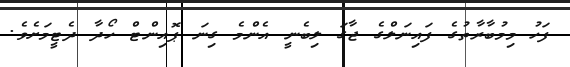
ފަހު މިމުބާރާތުގެ ފައިނަލްގެ ޖާގަ ލިބެނީ އެންމެ ގިނަ ޕޮއިންޓް ހޯދާ ދެޓީމަށެވެ.